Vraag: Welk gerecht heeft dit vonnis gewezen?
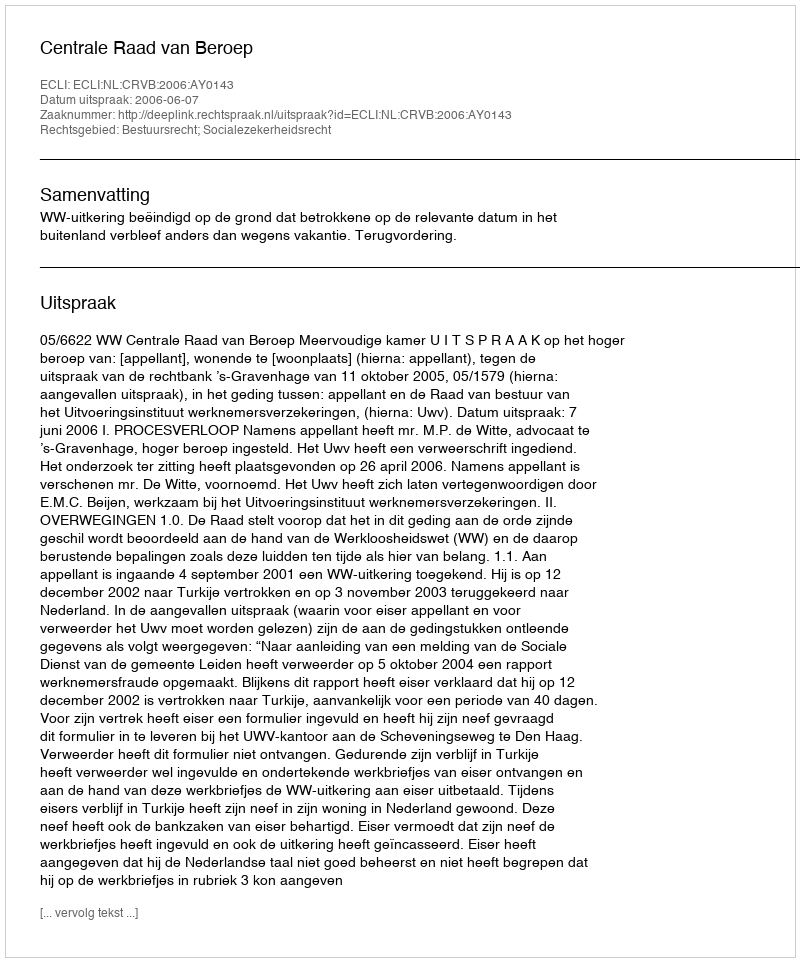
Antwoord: Centrale Raad van Beroep